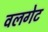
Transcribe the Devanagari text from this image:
वलगेट